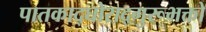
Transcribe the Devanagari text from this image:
पातकाद्घोराद्गुरूभक्तो